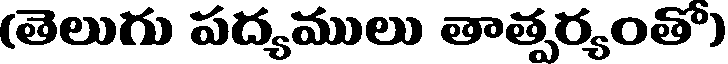
(తెలుగు పద్యములు తాత్పర్యంతో)